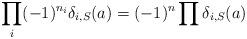
LaTeX: \begin{align*}\prod_i (-1)^{n_i}\delta_{i,S}(a) = (-1)^n\prod\delta_{i,S}(a)\end{align*}